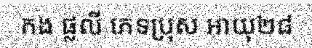
កង ផ្លលី ភេទប្រុស អាយុ២៨